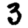
Digit: 3